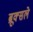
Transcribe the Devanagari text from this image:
ब्रूक्सले